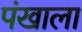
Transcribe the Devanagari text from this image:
पंखाला